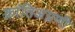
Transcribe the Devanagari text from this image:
क्रांतिअग्रणी